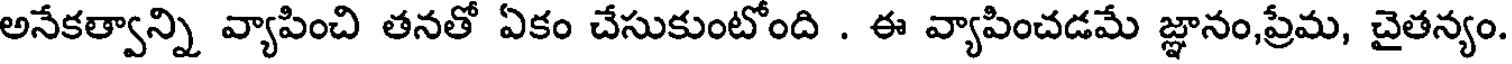
అనేకత్వాన్ని వ్యాపించి తనతో ఏకం చేసుకుంటోంది . ఈ వ్యాపించడమే జ్ఞానం,ప్రేమ, చైతన్యం